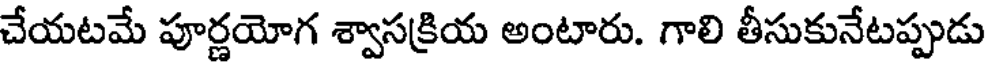
చేయటమే పూర్ణయోగ శ్వాసక్రియ అంటారు. గాలి తీసుకునేటప్పుడు